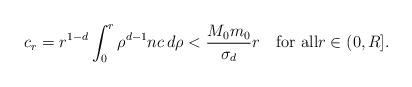
LaTeX: \begin{align*}c_{r}=r^{1-d}\int_{0}^{r}\rho^{d-1}nc\,d\rho < \frac{M_{0}m_{0}}{\sigma_{d}}r \quad\mbox{for all}r\in(0,R].\end{align*}